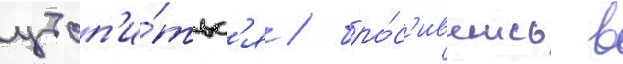
утоп'и́тьс'я / бро́с'ившись в